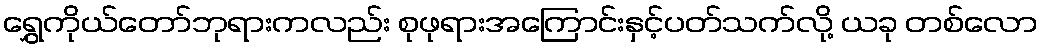
ရွှေကိုယ်တော်ဘုရားကလည်း စုဖုရားအကြောင်းနှင့်ပတ်သက်လို့ ယခု တစ်လော